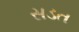
સડત